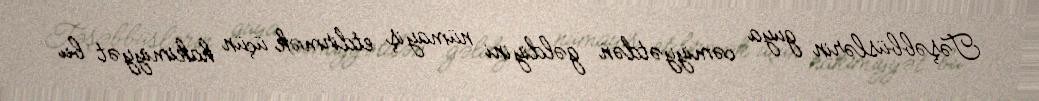
Təşəbbüslərin guya cəmiyyətdən gəldiyini nümayiş etdirmək üçün hakimiyyət bu